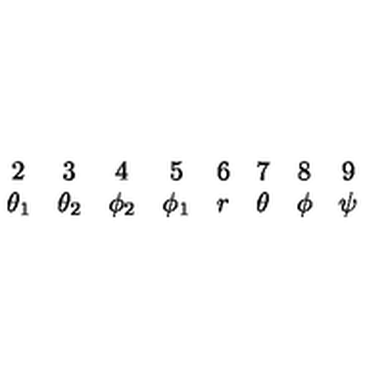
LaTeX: \begin{array} { c c c c c c c c } { 2 } & { 3 } & { 4 } & { 5 } & { 6 } & { 7 } & { 8 } & { 9 } \\ { \theta _ { 1 } } & { \theta _ { 2 } } & { \phi _ { 2 } } & { \phi _ { 1 } } & { r } & { \theta } & { \phi } & { \psi } \\ \end{array}